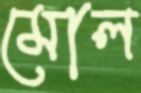
মোল